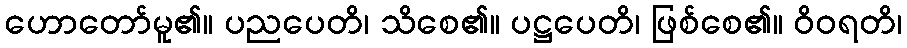
ဟောတော်မူ၏။ ပညပေတိ၊ သိစေ၏။ ပဋ္ဌပေတိ၊ ဖြစ်စေ၏။ ဝိဝရတိ၊